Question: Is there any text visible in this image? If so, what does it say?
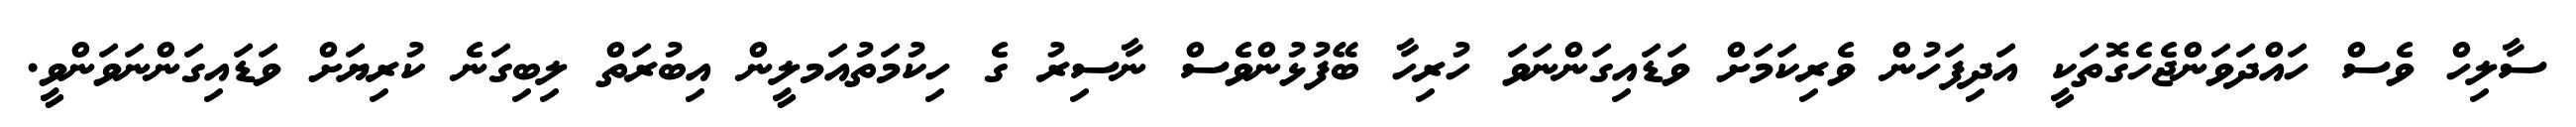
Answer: ސާލިހް ވެސް ހައްދަވަންޖެހެގޮތަކީ އަދިފަހުން ވެރިކަމަށް ވަޑައިގަންނަވަ ހުރިހާ ބޭފުޅުންވެސް ނާސިރު ގެ ހިކުމަތުއަމލީން އިބުރަތް ލިބިގަނެ ކުރިޔަށް ވަޑައިގަންނަވަންވީ.